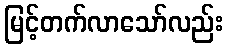
မြင့်တက်လာသော်လည်း